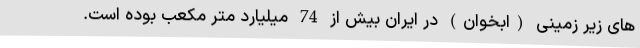
های زیر زمینی (ابخوان) در ایران بیش از 74 میلیارد متر مکعب بوده است.